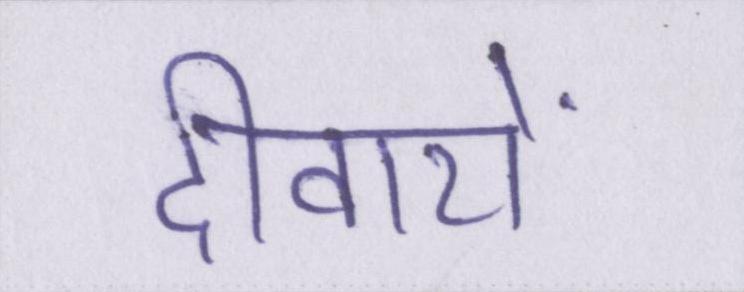
दीवारों